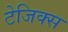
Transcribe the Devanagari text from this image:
टेजिक्स